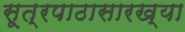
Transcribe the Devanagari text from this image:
सूत्रपाठासारख्या